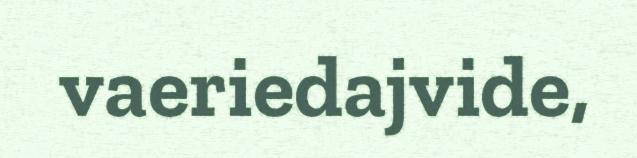
vaeriedajvide,